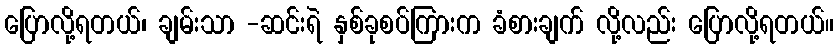
ပြောလို့ရတယ်၊ ချမ်းသာ -ဆင်းရဲ နှစ်ခုစပ်ကြားက ခံစားချက် လို့လည်း ပြောလို့ရတယ်။